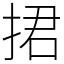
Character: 捃